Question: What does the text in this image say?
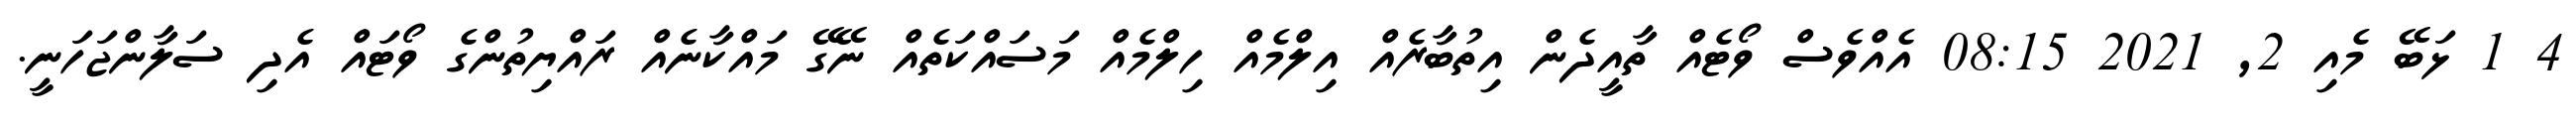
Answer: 4 1 ޅަބޭ މެއި 2, 2021 08:15 އެއްވެސް ވޯޓެއް ތާއީދެން އިތުބާރެއް އިލްމެއް ހިލްމެއް މަސައްކަތެއް ނޭގޭ މައްކާނެއް ރައްޔިތުންގެ ވޯޓައް އެދި ސަލާންޖަހަނީ.